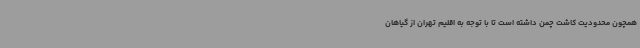
همچون محدودیت کاشت چمن داشته است تا با توجه به اقلیم تهران از گیاهان